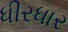
ધીરધાર